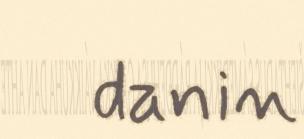
danin